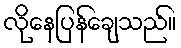
လိုနေပြန်ချေသည်။